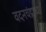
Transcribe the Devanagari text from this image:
वदनचंद्राच्या